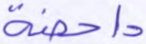
داحضة